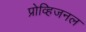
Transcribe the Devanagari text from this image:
प्रोव्हिजनल